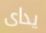
يداى